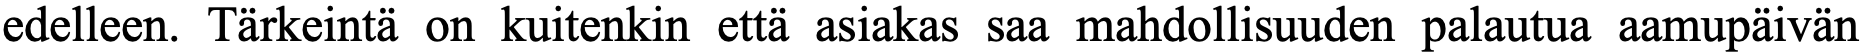
edelleen. Tärkeintä on kuitenkin että asiakas saa mahdollisuuden palautua aamupäivän